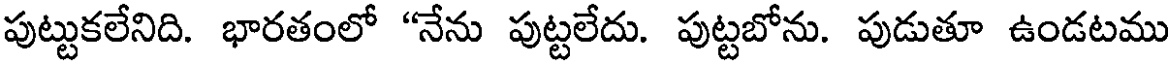
పుట్టుకలేనిది. భారతంలో "నేను పుట్టలేదు. పుట్టబోను. పుడుతూ ఉండటము